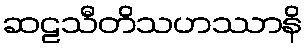
ဆဠသီတိသဟဿာနိ